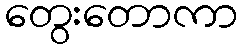
တွေးတောကာ